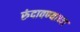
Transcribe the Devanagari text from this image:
रुंदावण्याच्या